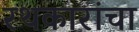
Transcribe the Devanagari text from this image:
रथकारांचा